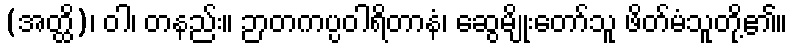
(အတ္ထိ)၊ ဝါ၊ တနည်း။ ဉာတကပ္ပဝါရိတာနံ၊ ဆွေမျိုးတော်သူ ဖိတ်မံသူတို့၏။